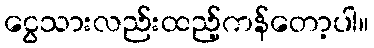
ငွေသားလည်းထည့်ကန်တော့ပါ။